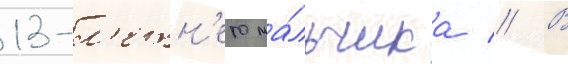
13-л'етн'его ма́льчика // В